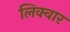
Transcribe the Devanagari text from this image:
लिक्वार